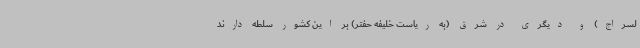
لسراج) و دیگری در شرق (به ریاست خلیفه حفتر) بر این کشور سلطه دارند